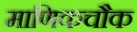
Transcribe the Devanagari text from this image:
माणिकचौक